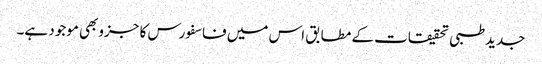
جدیدطبی تحقیقات کے مطابق اس میں فاسفورس کا جزوبھی موجود ہے۔